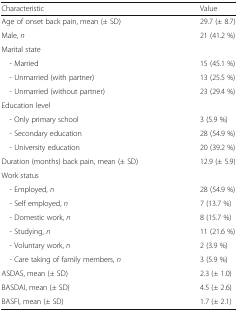
<table><thead><tr><td><b>Characteristic</b></td><td><b>Value</b></td></tr></thead><tbody><tr><td>Age of onset back pain, mean (± SD)</td><td>29.7 (± 8.7)</td></tr><tr><td>Male, <i>n</i></td><td>21 (41.2 %)</td></tr><tr><td colspan="2">Marital state</td></tr><tr><td> - Married</td><td>15 (45.1 %)</td></tr><tr><td> - Unmarried (with partner)</td><td>13 (25.5 %)</td></tr><tr><td> - Unmarried (without partner)</td><td>23 (29.4 %)</td></tr><tr><td colspan="2">Education level</td></tr><tr><td> - Only primary school</td><td>3 (5.9 %)</td></tr><tr><td> - Secondary education</td><td>28 (54.9 %)</td></tr><tr><td> - University education</td><td>20 (39.2 %)</td></tr><tr><td>Duration (months) back pain, mean (± SD)</td><td>12.9 (± 5.9)</td></tr><tr><td colspan="2">Work status</td></tr><tr><td> - Employed, <i>n</i></td><td>28 (54.9 %)</td></tr><tr><td> - Self employed, <i>n</i></td><td>7 (13.7 %)</td></tr><tr><td> - Domestic work, <i>n</i></td><td>8 (15.7 %)</td></tr><tr><td> - Studying, <i>n</i></td><td>11 (21.6 %)</td></tr><tr><td> - Voluntary work, <i>n</i></td><td>2 (3.9 %)</td></tr><tr><td> - Care taking of family members, <i>n</i></td><td>3 (5.9 %)</td></tr><tr><td>ASDAS, mean (± SD)</td><td>2.3 (± 1.0)</td></tr><tr><td>BASDAI, mean (± SD)</td><td>4.5 (± 2.6)</td></tr><tr><td>BASFI, mean (± SD)</td><td>1.7 (± 2.1)</td></tr></tbody></table>